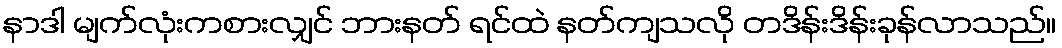
နာဒါ မျက်လုံးကစားလျှင် ဘားနတ် ရင်ထဲ နတ်ကျသလို တဒိန်းဒိန်းခုန်လာသည်။